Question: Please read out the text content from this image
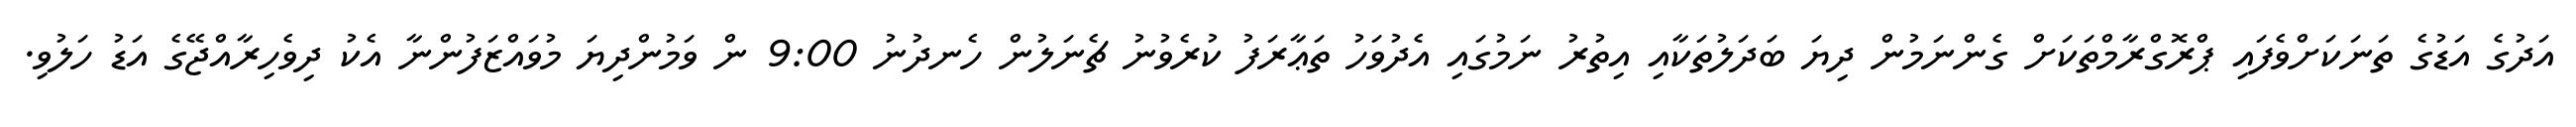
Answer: އަދުގެ އަޑުގެ ތަނަކަށްވެފައި ޕްރޮގްރާމްތަކަށް ގެންނަމުން ދިޔަ ބަދަލުތަކާއި އިތުރު ނަމުގައި އެދުވަހު ތަޢާރަފު ކުރެވުނު ޗެނަލުން ހެނދުނު 9:00 ން ވަމުންދިޔަ މުވައްޒަފުންނާ އެކު ދިވެހިރާއްޖޭގެ އަޑު ހަލުވި.